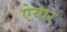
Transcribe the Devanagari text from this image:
ऐयार